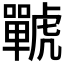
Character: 𧈍